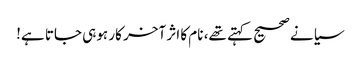
سیانے صحیح کہتے تھے، نام کا اثر آخر کار ہوہی جاتا ہے!